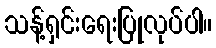
သန့်ရှင်းရေးပြုလုပ်ပါ။